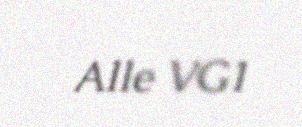
Alle VG1